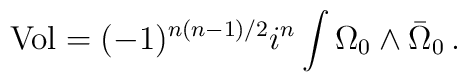
{\rm Vol} = (-1)^{n(n-1)/2} i^n \int \Omega_0 \wedge \bar\Omega_0 \,.